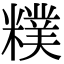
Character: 𥼜